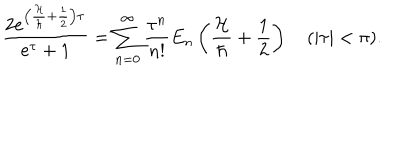
{ \frac { 2 e ^ { \left( { \frac { \cal H } { \hbar } } + { \frac { 1 } { 2 } } \right) \tau } } { e ^ { \tau } + 1 } } = \sum _ { n = 0 } ^ { \infty } { \frac { \tau ^ { n } } { n ! } } E _ { n } \left( { \frac { \cal H } { \hbar } } + { \frac { 1 } { 2 } } \right) \quad ( | \tau | < \pi ) .